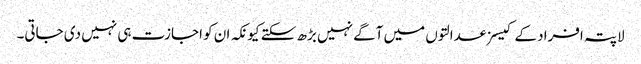
لاپتہ افراد کے کیسز عدالتوں میں آگے نہیں بڑھ سکتے کیونکہ ان کو اجازت ہی نہیں دی جاتی۔